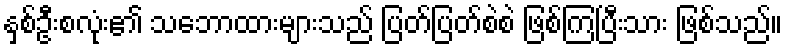
နှစ်ဦးစလုံး၏ သဘောထားများသည် ပြတ်ပြတ်စဲစဲ ဖြစ်ကြပြီးသား ဖြစ်သည်။